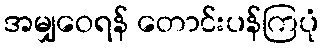
အမျှဝေရန် တောင်းပန်ကြပုံ